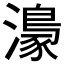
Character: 𤀴